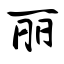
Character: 丽